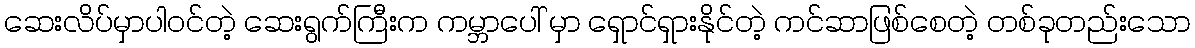
ဆေးလိပ်မှာပါဝင်တဲ့ ဆေးရွက်ကြီးက ကမ္ဘာပေါ် မှာ ရှောင်ရှားနိုင်တဲ့ ကင်ဆာဖြစ်စေတဲ့ တစ်ခုတည်းသော